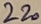
Text: 220